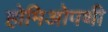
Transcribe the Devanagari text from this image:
होमिओपथी